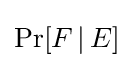
\operatorname {Pr} [F\,|\,E]